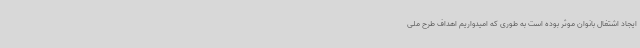
ایجاد اشتغال بانوان موثر بوده است به طوری که امیدواریم اهداف طرح ملی